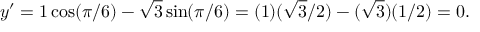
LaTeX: y ^ { \prime } = 1 \cos ( \pi / 6 ) - { \sqrt { 3 } } \sin ( \pi / 6 ) = ( 1 ) ( { \sqrt { 3 } } / 2 ) - ( { \sqrt { 3 } } ) ( 1 / 2 ) = 0 .